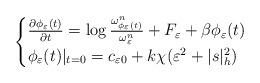
LaTeX: \begin{align*}\begin{cases} \frac{\partial \phi_{\varepsilon}(t)}{\partial t}=\log\frac{\omega_{\phi_{\varepsilon}(t)}^{n}}{\omega_{\varepsilon}^{n}}+F_{\varepsilon}+\beta\phi_{\varepsilon}(t)\\ \phi_{\varepsilon}(t)|_{t=0}=c_{\varepsilon0}+k\chi(\varepsilon^{2}+|s|^{2}_{h})\\ \end{cases}\end{align*}